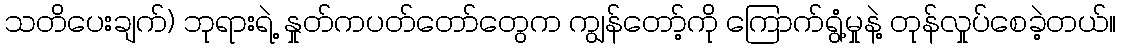
သတိပေးချက်) ဘုရားရဲ့ နှုတ်ကပတ်တော်တွေက ကျွန်တော့်ကို ကြောက်ရွံ့မှုနဲ့ တုန်လှုပ်စေခဲ့တယ်။